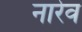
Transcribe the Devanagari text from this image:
नारेव